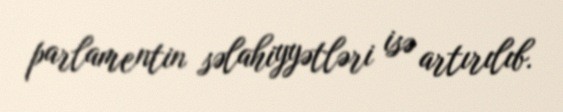
parlamentin səlahiyyətləri isə artırılıb.